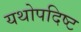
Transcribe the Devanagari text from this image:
यथोपदिष्ट